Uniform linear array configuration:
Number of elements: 4
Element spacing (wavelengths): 0.25
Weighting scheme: kaiser
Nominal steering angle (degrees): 0
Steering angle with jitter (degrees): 0.2855
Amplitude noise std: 0.05
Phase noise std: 0.05

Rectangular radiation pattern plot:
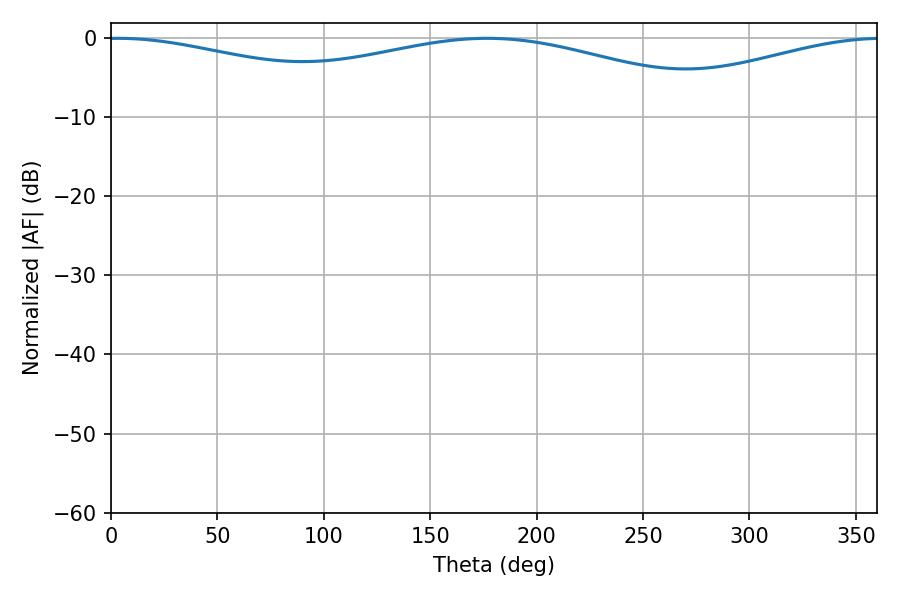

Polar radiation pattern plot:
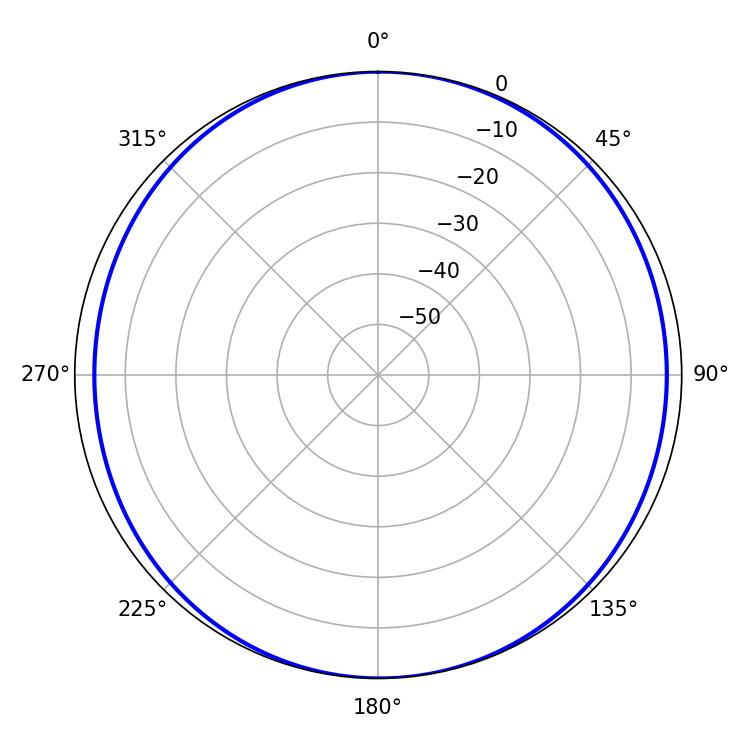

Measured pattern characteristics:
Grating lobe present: FALSE
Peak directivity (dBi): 10.547
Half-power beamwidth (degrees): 242.28
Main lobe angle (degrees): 3.24